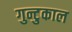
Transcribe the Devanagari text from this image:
गुन्टुकाल